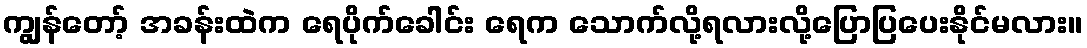
ကျွန်တော့် အခန်းထဲက ရေပိုက်ခေါင်း ရေက သောက်လို့ရလားလို့ပြောပြပေးနိုင်မလား။